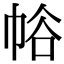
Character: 𢂲